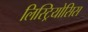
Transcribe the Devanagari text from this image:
लिस्ट्रियोसिस